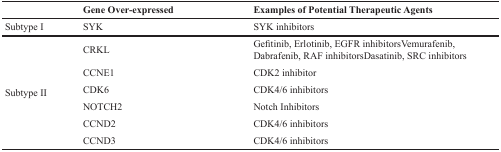
|  | Gene Over-expressed | Examples of Potential Therapeutic Agents |
 | --- | --- | --- |
 | Subtype I | SYK | SYK inhibitors |
 |  | CRKL | Gefitinib, Erlotinib, EGFR inhibitorsVemurafenib, Dabrafenib, RAF inhibitorsDasatinib, SRC inhibitors |
 |  | CCNE1 | CDK2 inhibitor |
 | Subtype II | CDK6 | CDK4/6 inhibitors |
 |  | NOTCH2 | Notch Inhibitors |
 |  | CCND2 | CDK4/6 inhibitors |
 |  | CCND3 | CDK4/6 inhibitors |